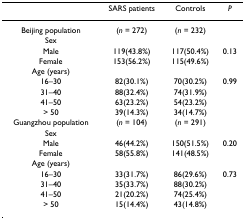
<table><thead><tr><td></td><td><b>SARS patients</b></td><td><b>Controls</b></td><td><b><i>P</i></b></td></tr></thead><tbody><tr><td>Beijing population</td><td>(<i>n </i>= 272)</td><td>(<i>n </i>= 232)</td><td></td></tr><tr><td>Sex</td><td></td><td></td><td></td></tr><tr><td>Male</td><td>119(43.8%)</td><td>117(50.4%)</td><td>0.13</td></tr><tr><td>Female</td><td>153(56.2%)</td><td>115(49.6%)</td><td></td></tr><tr><td>Age (years)</td><td></td><td></td><td></td></tr><tr><td>16–30</td><td>82(30.1%)</td><td>70(30.2%)</td><td>0.99</td></tr><tr><td>31–40</td><td>88(32.4%)</td><td>74(31.9%)</td><td></td></tr><tr><td>41–50</td><td>63(23.2%)</td><td>54(23.2%)</td><td></td></tr><tr><td>&gt; 50</td><td>39(14.3%)</td><td>34(14.7%)</td><td></td></tr><tr><td>Guangzhou population</td><td>(<i>n </i>= 104)</td><td>(<i>n </i>= 291)</td><td></td></tr><tr><td>Sex</td><td></td><td></td><td></td></tr><tr><td>Male</td><td>46(44.2%)</td><td>150(51.5%)</td><td>0.20</td></tr><tr><td>Female</td><td>58(55.8%)</td><td>141(48.5%)</td><td></td></tr><tr><td>Age (years)</td><td></td><td></td><td></td></tr><tr><td>16–30</td><td>33(31.7%)</td><td>86(29.6%)</td><td>0.73</td></tr><tr><td>31–40</td><td>35(33.7%)</td><td>88(30.2%)</td><td></td></tr><tr><td>41–50</td><td>21(20.2%)</td><td>74(25.4%)</td><td></td></tr><tr><td>&gt; 50</td><td>15(14.4%)</td><td>43(14.8%)</td><td></td></tr></tbody></table>